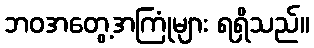
ဘဝအတွေ့အကြုံများ ရရှိသည်။